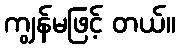
ကျွန်မဖြင့် တယ်။